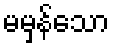
မမှန်သော